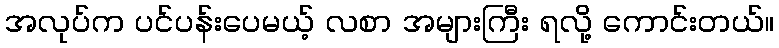
အလုပ်က ပင်ပန်းပေမယ့် လစာ အများကြီး ရလို့ ကောင်းတယ်။